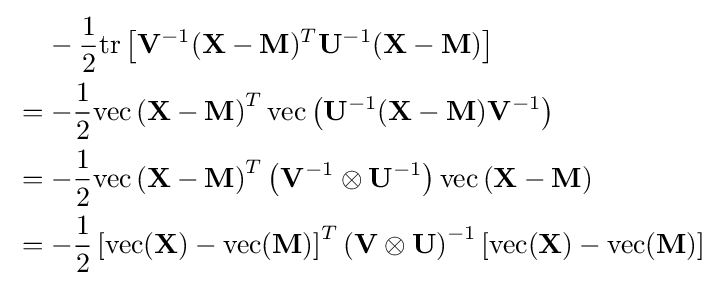
{\begin{aligned}&\;\;\;\;-{\frac {1}{2}}{\text{tr}}\left[\mathbf {V} ^{-1}(\mathbf {X} -\mathbf {M} )^{T}\mathbf {U} ^{-1}(\mathbf {X} -\mathbf {M} )\right]\\&=-{\frac {1}{2}}{\text{vec}}\left(\mathbf {X} -\mathbf {M} \right)^{T}{\text{vec}}\left(\mathbf {U} ^{-1}(\mathbf {X} -\mathbf {M} )\mathbf {V} ^{-1}\right)\\&=-{\frac {1}{2}}{\text{vec}}\left(\mathbf {X} -\mathbf {M} \right)^{T}\left(\mathbf {V} ^{-1}\otimes \mathbf {U} ^{-1}\right){\text{vec}}\left(\mathbf {X} -\mathbf {M} \right)\\&=-{\frac {1}{2}}\left[{\text{vec}}(\mathbf {X} )-{\text{vec}}(\mathbf {M} )\right]^{T}\left(\mathbf {V} \otimes \mathbf {U} \right)^{-1}\left[{\text{vec}}(\mathbf {X} )-{\text{vec}}(\mathbf {M} )\right]\end{aligned}}